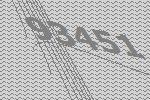
93451